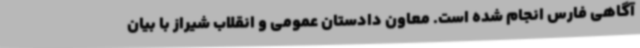
آگاهی فارس انجام شده است. معاون دادستان عمومی و انقلاب شیراز با بیان